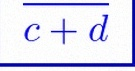
\frac{a+b}{c+d}